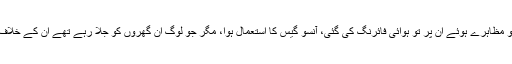
لیکن، افسوس کی بات ہے کہ جو مظاہرے ہوئے اُن پر تو ہوائی فائرنگ کی گئی، آنسو گیس کا استعمال ہوا، مگر جو لوگ اِن گھروں کو جلا رہے تھے اُن کے خلاف کوئی کارروائی نہیں کی گئی‘۔